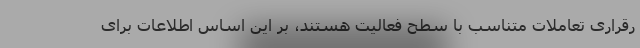
رقراری تعاملات متناسب با سطح فعالیت هستند، بر این اساس اطلاعات برای